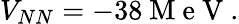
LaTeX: V_{NN}=-38\mathrm{~M~e~V~}.